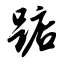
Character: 踮